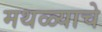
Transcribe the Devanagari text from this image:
मथळ्याचे